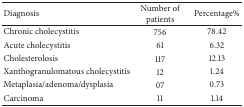
| Diagnosis | Number of patients | Percentage% |
 | --- | --- | --- |
 | Chronic cholecystitis | 756 | 78.42 |
 | Acute cholecystitis | 61 | 6.32 |
 | Cholesterolosis | 117 | 12.13 |
 | Xanthogranulomatous cholecystitis | 12 | 1.24 |
 | Metaplasia/adenoma/dysplasia | 07 | 0.73 |
 | Carcinoma | 11 | 1.14 |